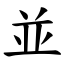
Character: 並